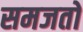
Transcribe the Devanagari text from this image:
समजतों